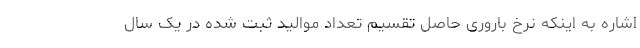
اشاره به اینکه نرخ باروری حاصل تقسیم تعداد موالید ثبت شده در یک سال